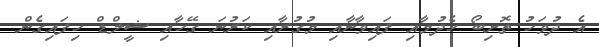
އެ ދުވަހު ތޮށިބޯ ހެދުމާއި ފައިވާނާއި މުގުރާއި ކަރުނަ ގޭހާއި ޝީލްޑް ހިފައިގެން